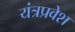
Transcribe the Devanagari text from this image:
यंत्रप्रवेश